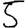
Digit: 5